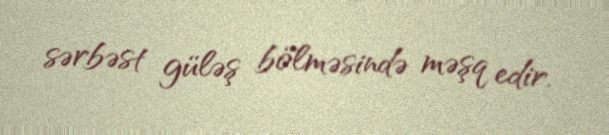
sərbəst güləş bölməsində məşq edir.